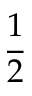
\frac 1 2